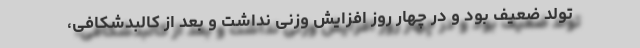
تولد ضعیف بود و در چهار روز افزایش وزنی نداشت‌ و بعد از کالبدشکافی،